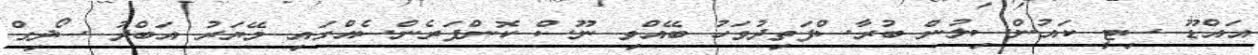
އައްޑޫ ސިޓީ ކައުންސިލުން ބުރާސްފަތިދުވަހު ބޭއްވި ނޫސް ކޮންފަރެންސެއްގައި މޭޔަރު އަބްދު ސޯދިގް